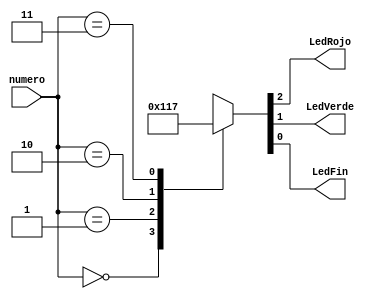
`timescale 1ns / 1ps
//////////////////////////////////////////////////////////////////////////////////
// Company: 
// Engineer: 
// 
// Design Name: 
// Module Name:    CodificadorLed 
// Project Name: 
// Target Devices: 
// Tool versions: 
// Description: 
//
// Dependencies: 
//
// Revision: 
// Revision 0.01 - File Created
// Additional Comments: 
//
//////////////////////////////////////////////////////////////////////////////////
module CodificadorLed(numero,LedRojo,LedVerde,LedFin);

input [1:0] numero;
output reg LedRojo,LedVerde,LedFin;

reg [2:0] LEDS;

initial begin
LedRojo=0;
LedVerde=0;
LedFin=0;
end

always@(numero) begin 

				case(numero)
				0: LEDS=3'b000;
				1: LEDS=3'b100;
				2: LEDS=3'b010;
				3: LEDS=3'b111;
				default LEDS=3'b000;

				endcase
				
				LedRojo=LEDS[2];
				LedVerde=LEDS[1];
				LedFin=LEDS[0];
		
end


endmodule